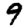
Digit: 9